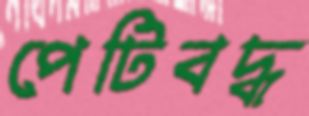
পেটিবদ্ধ